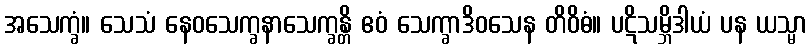
အသေက္ခံ။ သေသံ နေဝသေက္ခနာသေက္ခန္တိ ဧဝံ သေက္ခာဒိဝသေန တိဝိဓံ။ ပဋိသမ္ဘိဒါယံ ပန ယသ္မာ